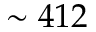
\sim 4 1 2